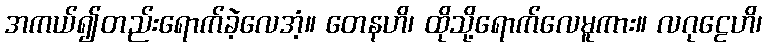
အကယ်၍တည်းရောက်ခဲ့လေအံ့။ တေနဟိ၊ ထိုသို့ရောက်လေမူကား။ လဂုဠေဟိ၊